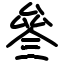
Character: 叄